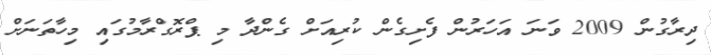
ދިރާގުން 2009 ވަނަ އަހަރުން ފެށިގެން ކުރިއަށް ގެންދާ މި ޕްރޮގްރާމުގައި މިހާތަނަށް